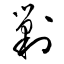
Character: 剿